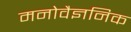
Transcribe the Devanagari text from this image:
मनोवैज्ञनिक